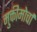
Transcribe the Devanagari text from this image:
मुक्तीमोर्चा